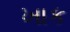
ખાક